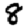
Digit: 8